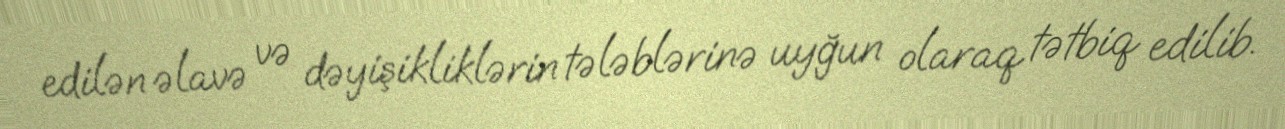
edilən əlavə və dəyişikliklərin tələblərinə uyğun olaraq tətbiq edilib.